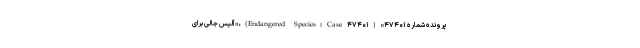
پرونده شماره ۴۷۴۰۱» (Endangered Species: Case ۴۷۴۰۱)، «آلیس جالی برای